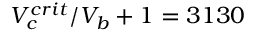
V _ { c } ^ { c r i t } / V _ { b } + 1 = 3 1 3 0